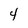
Character: 4